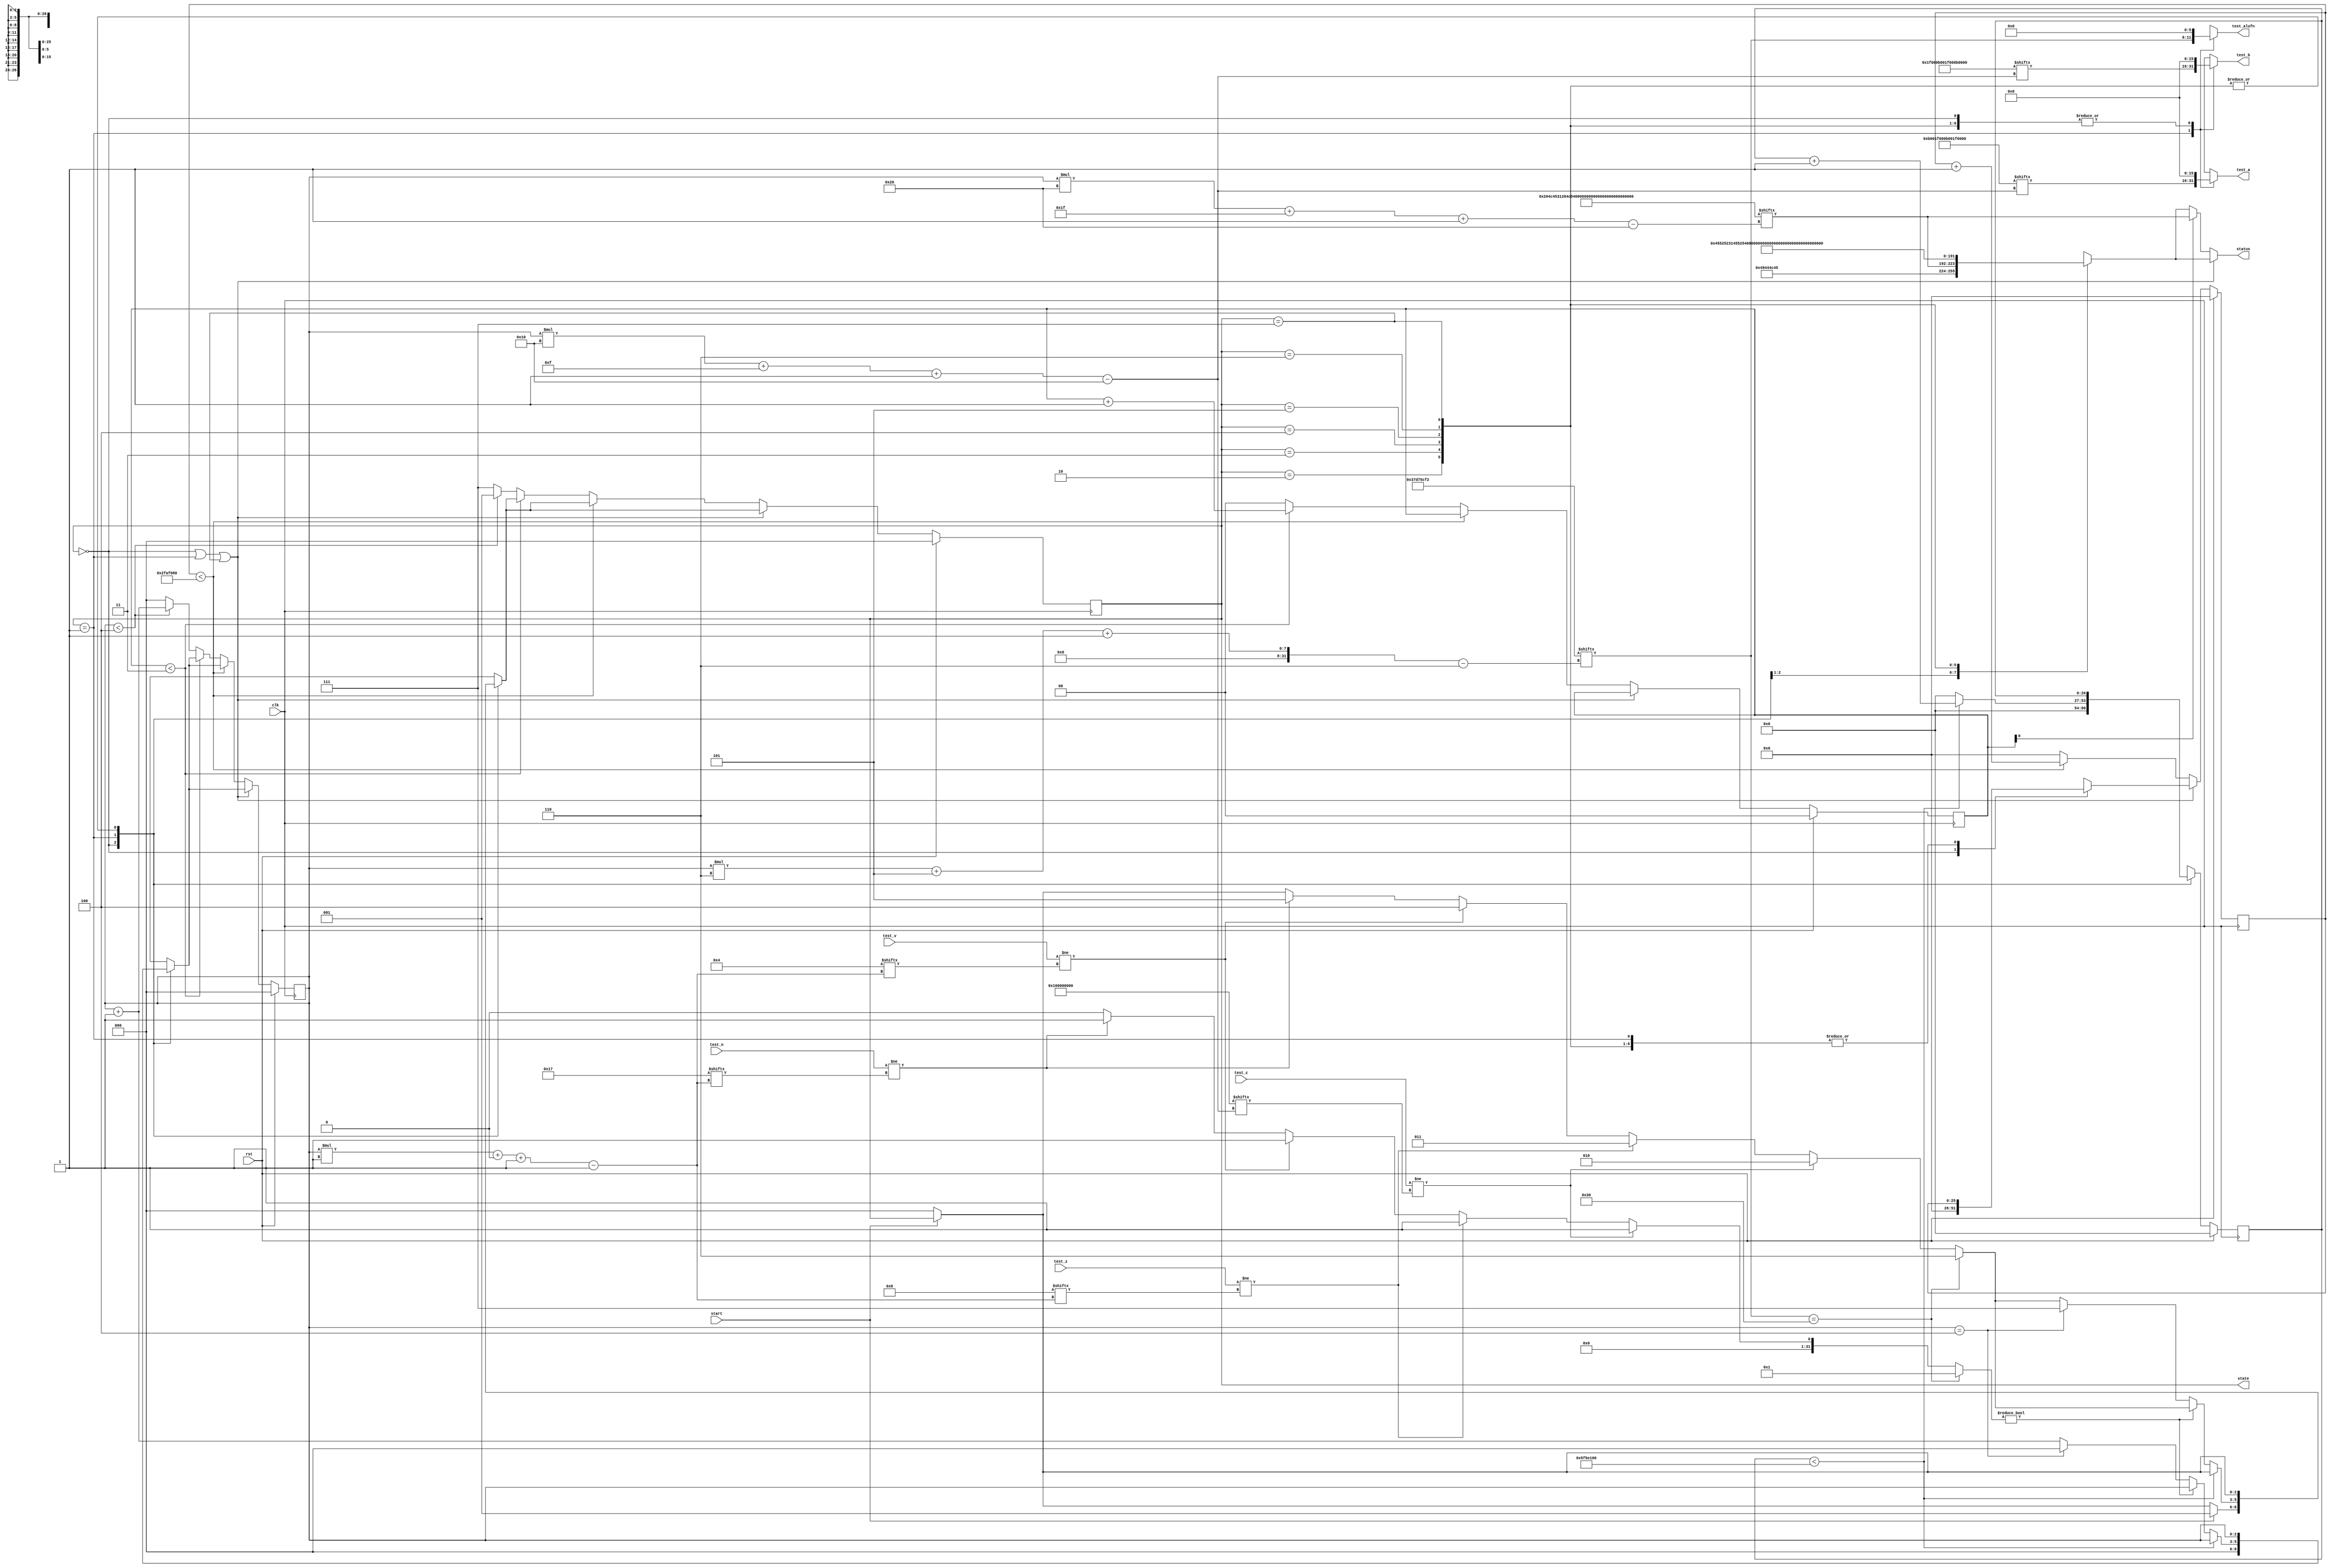
/*
   This file was generated automatically by the Mojo IDE version B1.3.6.
   Do not edit this file directly. Instead edit the original Lucid source.
   This is a temporary file and any changes made to it will be destroyed.
*/

/*
   Parameters:
     NUM_TEST_CASES = 5
     TEST_NAME = TestCasesROM.COMPARE_FAIL_NAME
     TEST_A = TestCasesROM.COMPARE_FAIL_A
     TEST_B = TestCasesROM.COMPARE_FAIL_B
     TEST_ALUFN = TestCasesROM.COMPARE_FAIL_ALUFN
     TEST_C = TestCasesROM.COMPARE_FAIL_C
     TEST_Z = TestCasesROM.COMPARE_FAIL_Z
     TEST_V = TestCasesROM.COMPARE_FAIL_V
     TEST_N = TestCasesROM.COMPARE_FAIL_N
     INVALID_ALUFN = TestCasesROM.COMPARE_INVALID_ALUFN
     BYPASS_FAIL = 1
     NUM_TEST_SECS = 2
     NUM_FAIL_SECS = 1
     NUM_FAIL_BLINKS = 2
*/
module tester_13 (
    input clk,
    input rst,
    input start,
    input [15:0] test_c,
    input test_z,
    input test_v,
    input test_n,
    output reg [15:0] test_a,
    output reg [15:0] test_b,
    output reg [5:0] test_alufn,
    output reg [2:0] state,
    output reg [31:0] status
  );
  
  localparam NUM_TEST_CASES = 3'h5;
  localparam TEST_NAME = 160'h204c4531204c5432204c54312045513220455131;
  localparam TEST_A = 80'h000b001f000b001f000b;
  localparam TEST_B = 80'h001f000b001f000b001f;
  localparam TEST_ALUFN = 30'h37d75cf2;
  localparam TEST_C = 80'h00000000000100000000;
  localparam TEST_Z = 5'h08;
  localparam TEST_V = 5'h04;
  localparam TEST_N = 5'h17;
  localparam INVALID_ALUFN = 60'he71fbceb8db4cb0;
  localparam BYPASS_FAIL = 1'h1;
  localparam NUM_TEST_SECS = 2'h2;
  localparam NUM_FAIL_SECS = 1'h1;
  localparam NUM_FAIL_BLINKS = 2'h2;
  
  
  localparam NUM_TEST_TIMER_CYCLES = 28'h5f5e100;
  
  localparam NUM_FAIL_TIMER_CYCLES = 26'h2faf080;
  
  reg [31:0] next_status;
  
  integer i;
  
  integer failed;
  
  reg [26:0] M_display_test_timer_d, M_display_test_timer_q = 1'h0;
  reg [25:0] M_display_fail_timer_d, M_display_fail_timer_q = 1'h0;
  reg [1:0] M_fail_blink_ctr_d, M_fail_blink_ctr_q = 1'h0;
  reg [2:0] M_tester_ctr_d, M_tester_ctr_q = 1'h0;
  localparam IDLE_tester_state = 3'd0;
  localparam TEST_tester_state = 3'd1;
  localparam FAIL_C_tester_state = 3'd2;
  localparam FAIL_Z_tester_state = 3'd3;
  localparam FAIL_V_tester_state = 3'd4;
  localparam FAIL_N_tester_state = 3'd5;
  localparam FAIL_ALUFN_tester_state = 3'd6;
  localparam DONE_tester_state = 3'd7;
  
  reg [2:0] M_tester_state_d, M_tester_state_q = IDLE_tester_state;
  
  always @* begin
    M_tester_state_d = M_tester_state_q;
    M_display_fail_timer_d = M_display_fail_timer_q;
    M_display_test_timer_d = M_display_test_timer_q;
    M_fail_blink_ctr_d = M_fail_blink_ctr_q;
    M_tester_ctr_d = M_tester_ctr_q;
    
    status = 32'h00000000;
    test_a = 1'h0;
    test_b = 1'h0;
    test_alufn = 1'h0;
    if (!start) begin
      M_tester_state_d = IDLE_tester_state;
    end
    state = M_tester_state_q;
    next_status = 32'h4e554c4c;
    
    case (M_tester_state_q)
      IDLE_tester_state: begin
        M_display_test_timer_d = 1'h0;
        M_display_fail_timer_d = 1'h0;
        M_tester_ctr_d = 1'h0;
        next_status = 32'h49444c45;
        if (start) begin
          M_tester_state_d = TEST_tester_state;
        end
      end
      TEST_tester_state: begin
        next_status = TEST_NAME[(M_tester_ctr_q)*32+31-:32];
        test_a = TEST_A[(M_tester_ctr_q)*16+15-:16];
        test_b = TEST_B[(M_tester_ctr_q)*16+15-:16];
        test_alufn = TEST_ALUFN[(M_tester_ctr_q)*6+5-:6];
        if (M_display_test_timer_q < 28'h5f5e100) begin
          M_display_test_timer_d = M_display_test_timer_q + 1'h1;
        end else begin
          M_display_test_timer_d = 1'h0;
          failed = 1'h0;
          if (test_c != TEST_C[(M_tester_ctr_q)*16+15-:16]) begin
            failed = 1'h1;
            M_tester_state_d = FAIL_C_tester_state;
          end else begin
            if (test_z != TEST_Z[(M_tester_ctr_q)*1+0-:1]) begin
              failed = 1'h1;
              M_tester_state_d = FAIL_Z_tester_state;
            end else begin
              if (test_v != TEST_V[(M_tester_ctr_q)*1+0-:1]) begin
                failed = 1'h1;
                M_tester_state_d = FAIL_V_tester_state;
              end else begin
                if (test_n != TEST_N[(M_tester_ctr_q)*1+0-:1]) begin
                  failed = 1'h1;
                  M_tester_state_d = FAIL_N_tester_state;
                end
              end
            end
          end
          for (i = 1'h0; i < 3'h1; i = i + 1) begin
            if (TEST_ALUFN[(M_tester_ctr_q)*6+5-:6] == INVALID_ALUFN[(i)*6+5-:6]) begin
              failed = 1'h1;
              M_tester_state_d = FAIL_ALUFN_tester_state;
            end
          end
          if (failed) begin
            failed = 1'h0;
          end else begin
            if (M_tester_ctr_q == 4'h4) begin
              M_tester_state_d = DONE_tester_state;
              M_tester_ctr_d = 1'h0;
            end else begin
              M_tester_ctr_d = M_tester_ctr_q + 1'h1;
            end
          end
        end
      end
      FAIL_C_tester_state: begin
        next_status = 32'h45525231;
      end
      FAIL_Z_tester_state: begin
        next_status = 32'h45525232;
      end
      FAIL_V_tester_state: begin
        next_status = 32'h45525233;
      end
      FAIL_N_tester_state: begin
        next_status = 32'h45525234;
      end
      FAIL_ALUFN_tester_state: begin
        next_status = 32'h45525235;
      end
      DONE_tester_state: begin
        next_status = 32'h444f4e45;
      end
    endcase
    if (M_tester_state_q == IDLE_tester_state | M_tester_state_q == TEST_tester_state | M_tester_state_q == DONE_tester_state) begin
      status = next_status;
    end else begin
      if (~M_fail_blink_ctr_q[0+0-:1]) begin
        status = next_status;
      end else begin
        status = TEST_NAME[(M_tester_ctr_q)*32+31-:32];
      end
      if (M_display_fail_timer_q < 26'h2faf080) begin
        M_display_fail_timer_d = M_display_fail_timer_q + 1'h1;
      end else begin
        M_display_fail_timer_d = 1'h0;
        if (1'h0) begin
          M_fail_blink_ctr_d = M_fail_blink_ctr_q + 1'h1;
        end else begin
          if (M_fail_blink_ctr_q < 5'h03) begin
            M_fail_blink_ctr_d = M_fail_blink_ctr_q + 1'h1;
          end else begin
            M_fail_blink_ctr_d = 1'h0;
            if (M_tester_ctr_q < 4'h4) begin
              M_tester_state_d = TEST_tester_state;
              M_tester_ctr_d = M_tester_ctr_q + 1'h1;
            end else begin
              M_tester_state_d = DONE_tester_state;
              M_tester_ctr_d = 1'h0;
            end
          end
        end
      end
    end
  end
  
  always @(posedge clk) begin
    if (rst == 1'b1) begin
      M_display_test_timer_q <= 1'h0;
      M_display_fail_timer_q <= 1'h0;
      M_fail_blink_ctr_q <= 1'h0;
      M_tester_ctr_q <= 1'h0;
      M_tester_state_q <= 1'h0;
    end else begin
      M_display_test_timer_q <= M_display_test_timer_d;
      M_display_fail_timer_q <= M_display_fail_timer_d;
      M_fail_blink_ctr_q <= M_fail_blink_ctr_d;
      M_tester_ctr_q <= M_tester_ctr_d;
      M_tester_state_q <= M_tester_state_d;
    end
  end
  
endmodule